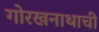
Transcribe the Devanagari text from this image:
गोरखनाथाची